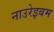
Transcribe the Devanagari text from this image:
नाउरेइबम